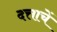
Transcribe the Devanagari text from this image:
दत्ताचें